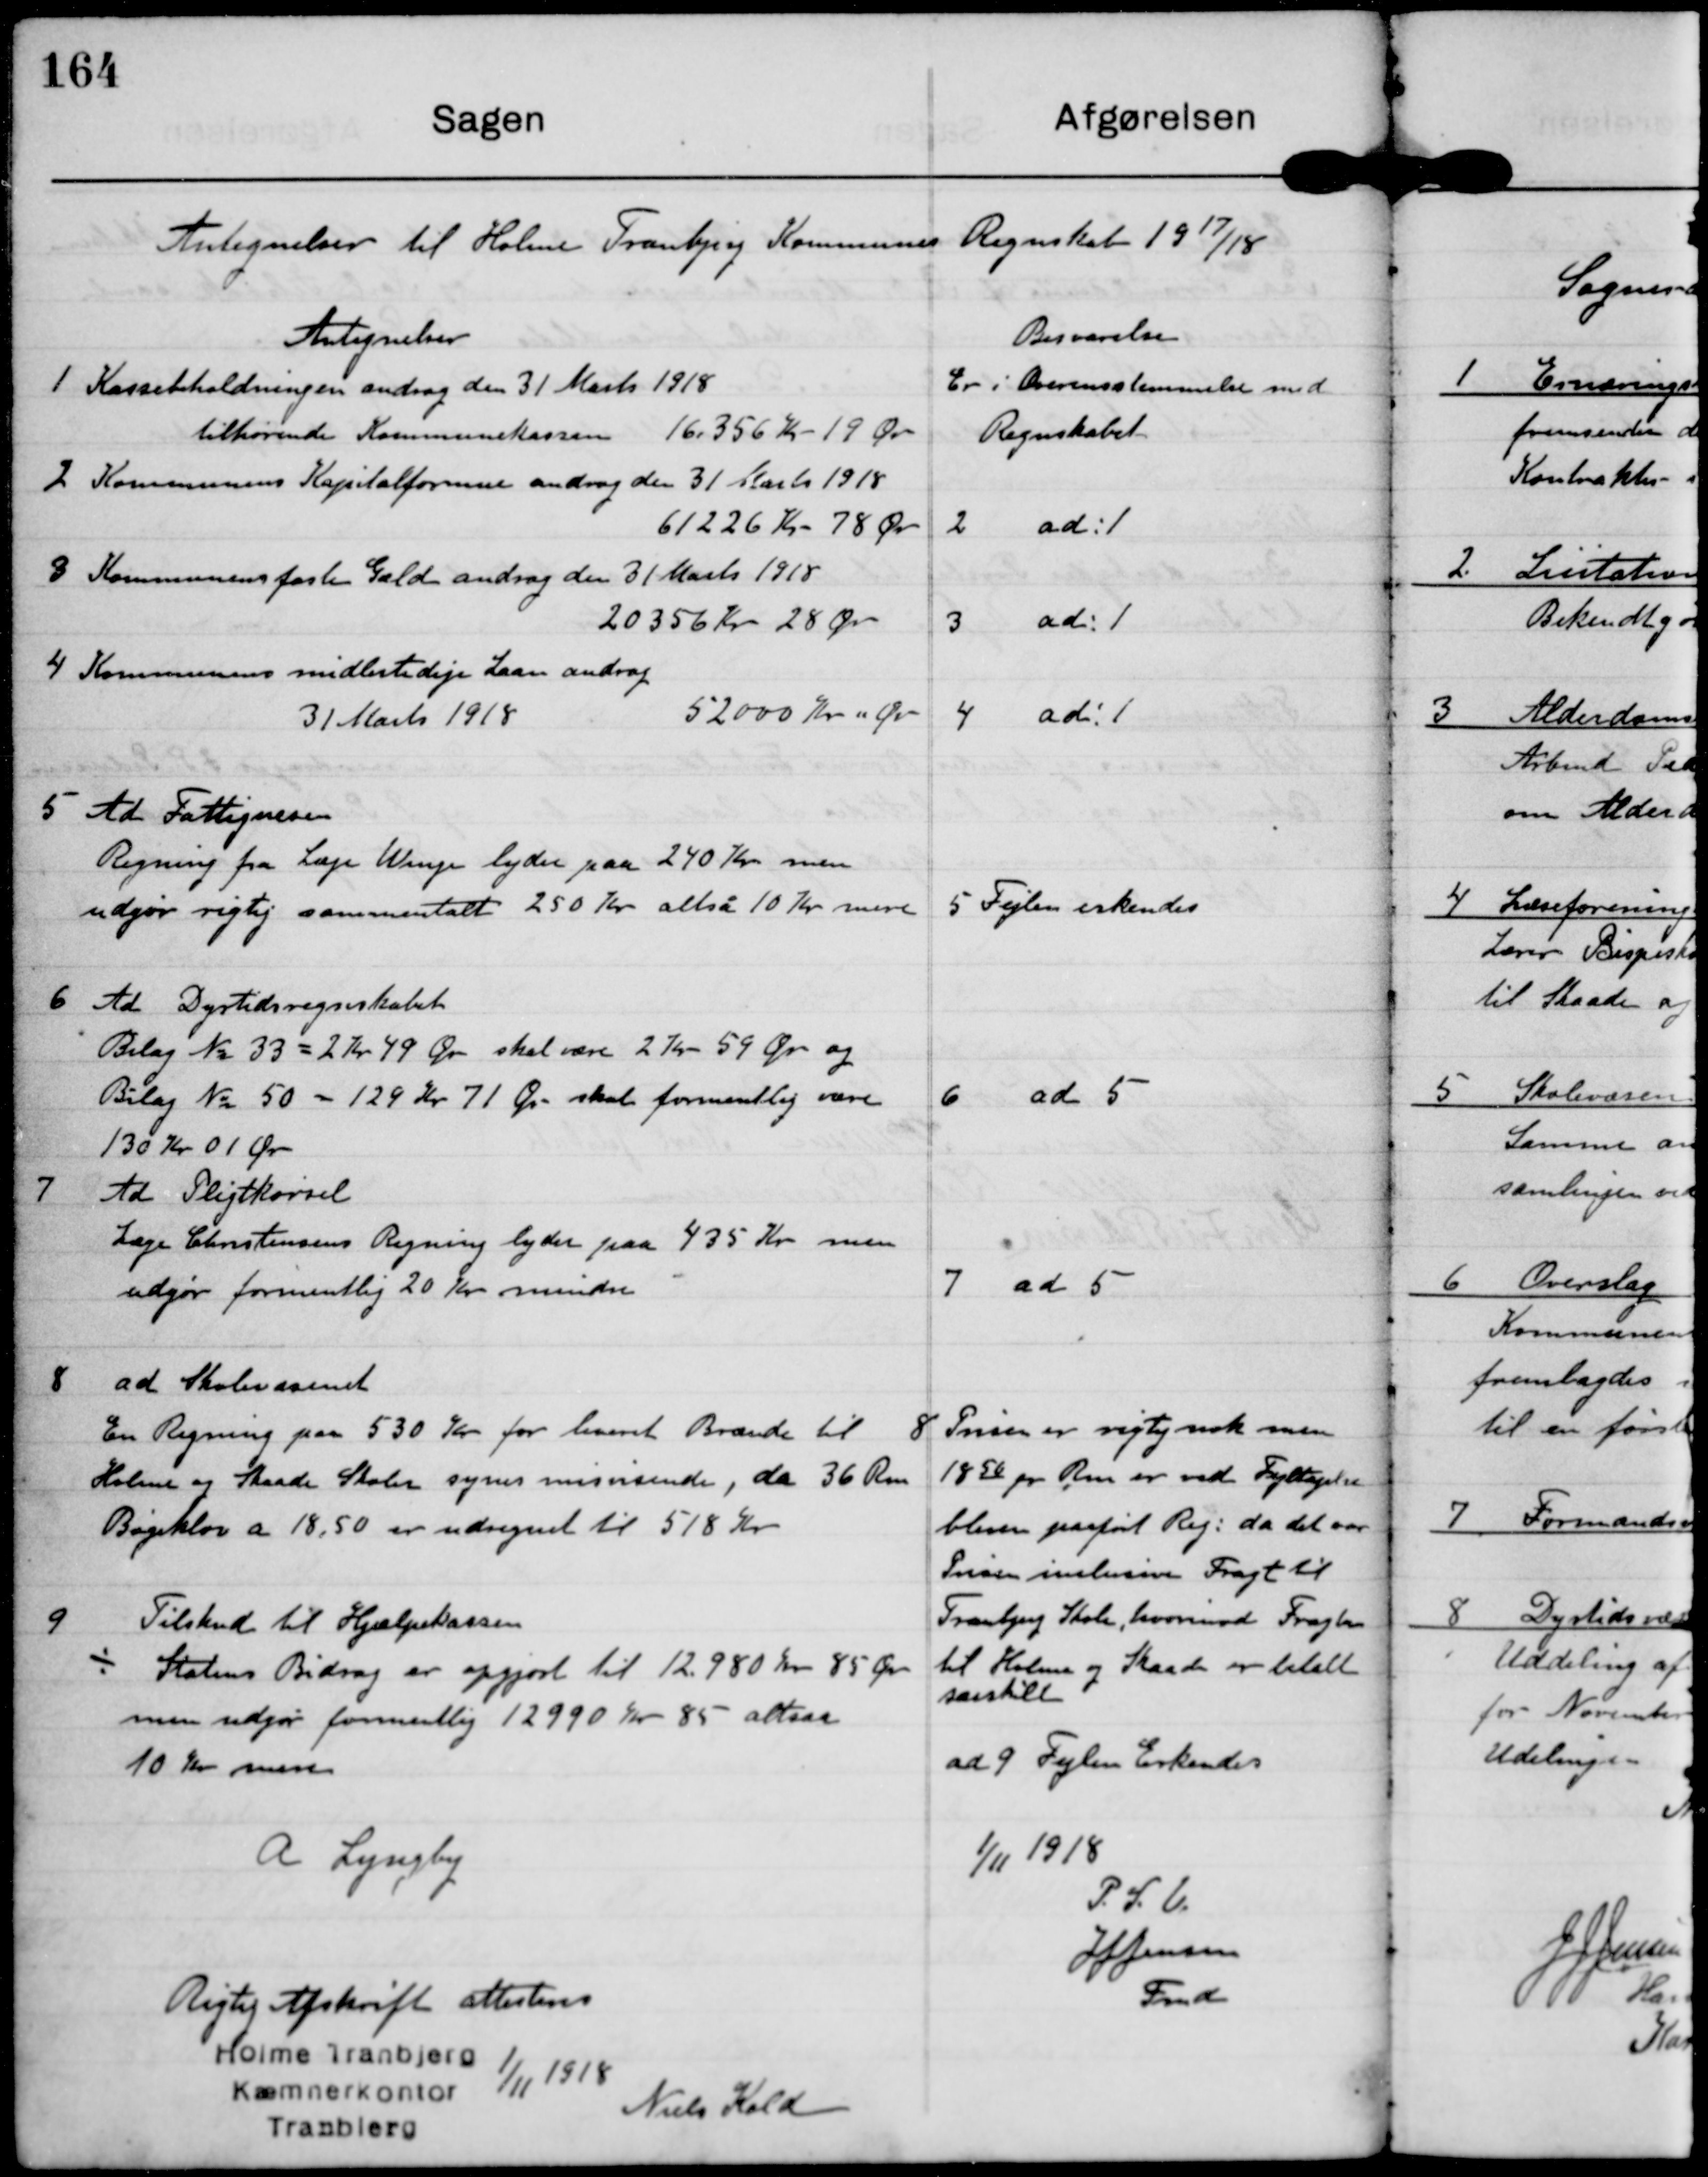
Transskription:
Antegnelser til Holme Tranbjerg Kommunes Regnskab 1917/18

Antegnelser

Besvarslen

1 Kassebeholdningen androg den 31 Marts 1918
tilhørende Kommunekassen 16.356 kr 19 Ør

Er i Overenstemmelse med
Regnskabet

2 Kommunens Kapitalformue androg den 31 Marts 1918
61.226 Kr 78 Ør

2 ad: 1

3 Kommunens faste Gæld androg den 31 Marts 1918
20.356 kr 28 Ør

3 ad: 1

4 Kommunens midlertidige Laan androg
31 Marts 1918
52000 Kr 0 Ør

4 ad: 1

5 Ad Fattigvæsen
Regning fra Læge Winge lyder paa 240 Kr men
udgør rigtig sammentalt 250 Kr altså 10 Kr mere

5 Fejlen errkendes

6 Ad Dyrtidsregnskabet
Bilag No 33 = 2 Kr 49 Ør skal være 2 kr 59 Ør og
Bilag No 50 = 129 Kr 71 Ør skal formentlig være
130 Kr 01 Ør

6 ad 5

7 Ad Pligtkørsel
Læge Christensens Regning lyder paa 435 Kr men
udgør formentlig 20 Kr mindre

7 ad 5

8 ad Skolevæsenet
En Regning paa 530 kr for leveret brænde til
Holme og Skaade Skoler synes misvisende, da 36 Rm
Bøgeklov a 18,50 er udregnet til 518 Kr

8 Prisen er rigtig nok men
1850 pr Rm er ved Fejltagelse
bleven paaført Reg. da det var
Prisen inclusive Fragt til
Tranbjerg Skole, hvorimod Fragten
til Holme og Skaade er betalt
særskilt

9 Tilskud til Hjælpekassen
Statens Bidrag er opgjort til 12.980 Kr 85 Ør
men udgør formentlig 12.990 Kr 85 altsaa
10 Kr mere

ad 9 Fejlen Erkendes

A Lyngby

1/11 1918
P.S.V.
J J Jensen
Fmd

Rigtig Afskrift attesteres

Holme Tranbjerg
Kømnerkontor
Tranbjerg

1/11 1918

Niels Kold